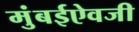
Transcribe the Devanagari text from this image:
मुंबईऐवजी